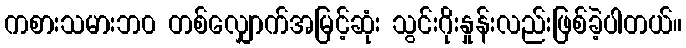
ကစားသမားဘ၀ တစ်လျှောက်အမြင့်ဆုံး သွင်းဂိုးနှုန်းလည်းဖြစ်ခဲ့ပါတယ်။